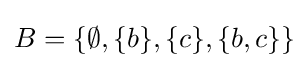
B=\{\emptyset ,\{b\},\{c\},\{b,c\}\}